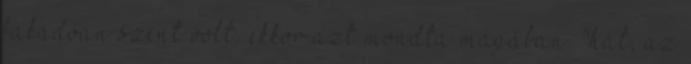
fakadóan szent volt. ekkor azt mondta magában. "hát, az